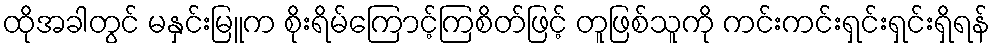
ထိုအခါတွင် မနှင်းမြူက စိုးရိမ်ကြောင့်ကြစိတ်ဖြင့် တူဖြစ်သူကို ကင်းကင်းရှင်းရှင်းရှိရန်